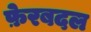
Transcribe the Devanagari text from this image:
फ़ेरबदल